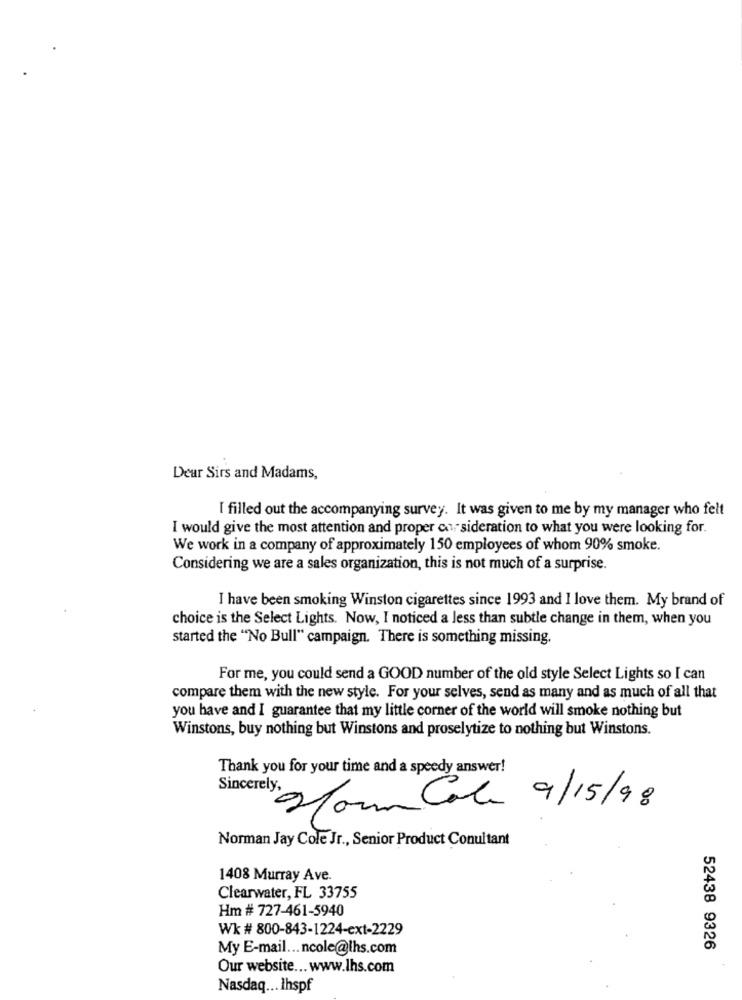
Dear Sirs and Madams,
I filled out the accompanying survey. It was given to me by my manager who felt
I would give the most attention and proper cor sideration to what you were looking for.
We work in a company of approximately 150 employees of whom 90% smoke.
Considering we are a sales organization, this is not much of a surprise.
I have been smoking Winston cigarettes since 1993 and I love them. My brand of
choice is the Select Lights. Now, I noticed a less than subtle change in them, when you
started the "No Bull" campaign. There is something missing.
For me, you could send a GOOD number of the old style Select Lights so I can
compare them with the new style. For your selves, send as many and as much of all that
you have and I guarantee that my little corner of the world will smoke nothing but
Winstons, buy nothing but Winstons and proselytize to nothing but Winstons.
Thank you for your time and a speedy answer!
Sincerely,
Marin Cola 9/15/98
Norman Jay Cole Jr ., Senior Product Conultant
1408 Murray Ave.
Clearwater, FL 33755
Hm # 727-461-5940
Wk # 800-843-1224-ext-2229
My E-mail ... ncole@lhs.com
52438 9326
Our website ... www.lhs.com
Nasdaq ... Ihspf